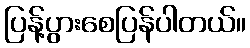
ပြန့်ပွားစေပြန်ပါတယ်။